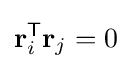
\mathbf {r} _{i}^{\mathsf {T}}\mathbf {r} _{j}=0